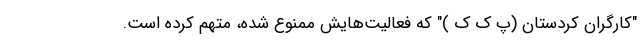
"کارگران کردستان (پ ک ک )" که فعالیت‌هایش ممنوع شده، متهم کرده است.